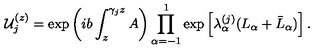
{ \cal U } _ { j } ^ { ( z ) } = \mathrm { e x p } \left( i b \int _ { z } ^ { \gamma _ { j } z } A \right) \prod _ { \alpha = - 1 } ^ { 1 } \mathrm { e x p } \left[ \lambda _ { \alpha } ^ { ( j ) } ( L _ { \alpha } + \bar { L } _ { \alpha } ) \right] .